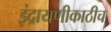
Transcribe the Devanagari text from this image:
इंद्रायणीकाठीच